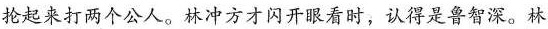
抡起来打两个公人。林冲方才闪开眼看时，认得是鲁智深。林